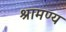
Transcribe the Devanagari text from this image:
श्रामण्य